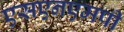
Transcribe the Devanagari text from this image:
एसएनएमपी